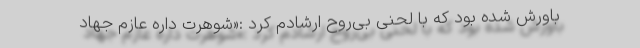
باورش شده بود که با لحنی بی‌روح ارشادم کرد :«شوهرت داره عازم جهاد